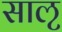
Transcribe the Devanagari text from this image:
साऌ